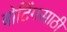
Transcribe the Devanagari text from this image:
बोटिंगसाठी